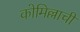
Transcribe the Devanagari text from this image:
कोमिल्लाची